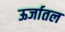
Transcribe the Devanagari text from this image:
ऊर्जातल